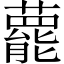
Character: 藣